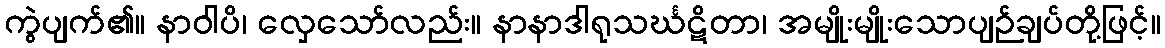
ကွဲပျက်၏။ နာဝါပိ၊ လှေသော်လည်း။ နာနာဒါရုသင်္ဃဋိတာ၊ အမျိုးမျိုးသောပျဉ်ချပ်တို့ဖြင့်။